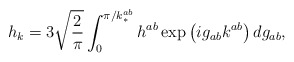
\begin{align*}h_k=3\sqrt{\frac{2}{\pi}} \int_0^{\pi/k_*^{ab}}h^{ab}\exp\left(ig_{ab}k^{ab}\right)dg_{ab} ,\end{align*}